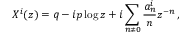
X ^ { i } ( z ) = q - i p \log z + i \sum _ { n \neq 0 } { \frac { a _ { n } ^ { i } } { n } } z ^ { - n } \, ,